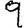
Digit: 9